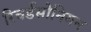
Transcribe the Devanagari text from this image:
रिचर्डसोनियन